Lunatic asylums Punjab 1868-1880 - 1868-1880
Year: 1868
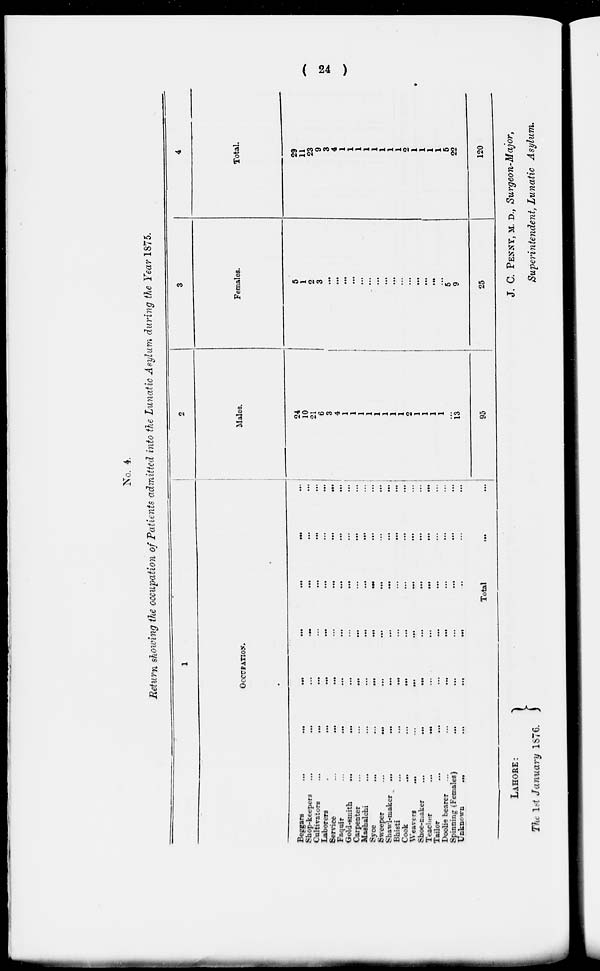
( 24 )
No. 4.
Return showing the occupation of Patients admitted into the Lunatic Asylum during the Year 1875.
1
OCCUPATON.
Beggars
...
...
...
...
...
...
...
Shop-keepers
...
...
...
...
...
...
...
Cultivators ... ... ... ... ... ... ...
Laborers ... ... ... ... ... ... ...
Service
...
...
...
...
...
...
...
Faquir
...
...
...
...
...
...
Gold-smith
...
...
...
...
...
...
...
Carpenter ... ... ... ... ... ... ...
Mashalchi
...
...
...
...
...
...
...
Syce
...
...
...
...
...
...
...
Sweeper
...
...
...
...
...
...
...
Shawl-maker
...
...
...
...
...
...
Bhisti ... ... ... ... ... ... ...
Cook
...
...
...
...
...
...
...
Weavers
...
...
...
...
...
...
...
Shoe-maker
...
...
...
...
...
...
Teacher
...
...
...
...
...
...
...
Tailor ... ... ... ... ... ... ...
Doolie
bearer
...
...
...
...
...
...
...
Spinning (Females) ... ... ... ... ... ... ...
Unknown
...
...
...
...
...
...
...
Total ... ...
2
Males.
24
10
21
6
3
4
1
1
1
1
1
1
1
1
2
1
1
1
1
...
13
95
3
Females.
5
1
2
3
...
...
...
...
...
...
...
...
...
...
...
...
...
...
...
5
9
25
4
Total.
29
11
23
9
3
4
1
1
1
1
1
1
1
1
2
1
1
1
1
5
22
120
LAHORE:
The 1st January 1876.
J. C. PENNY, M. D., Surgeon-Major,
Superintendent, Lunatic Asylum.